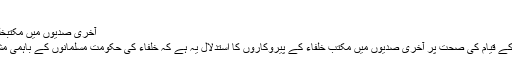
“
آخری صدیوں میں مکتبخلفاء کے پیروکاروں کا استدلال
ماضی میں خلفاء کی حکومت کے قیام کی صحت پر آخری صدیوں میں مکتب خلفاء کے پیروکاروں کا استدلال یہ ہے کہ خلفاء کی حکومت مسلمانوں کے باہمی مشورے کی بنیادوں پر قائم تھی۔